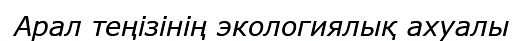
Арал теңізінің экологиялық ахуалы